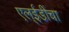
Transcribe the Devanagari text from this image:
एल्‌ईडींचा